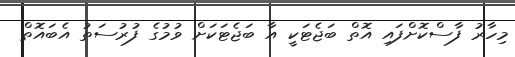
މިހާރު ފާސްކޮށްފައި އޮތް ބަޖެޓަކީ އާ ބަޖެޓަކަށް ވުމުގެ ފުރުސަތު އެބައޮތް